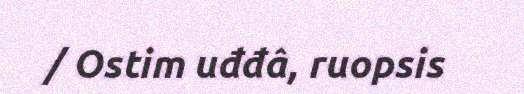
/ Ostim uđđâ, ruopsis